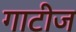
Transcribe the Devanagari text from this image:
गाटीज